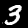
Label: 3